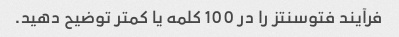
فرآیند فتوسنتز را در 100 کلمه یا کمتر توضیح دهید.